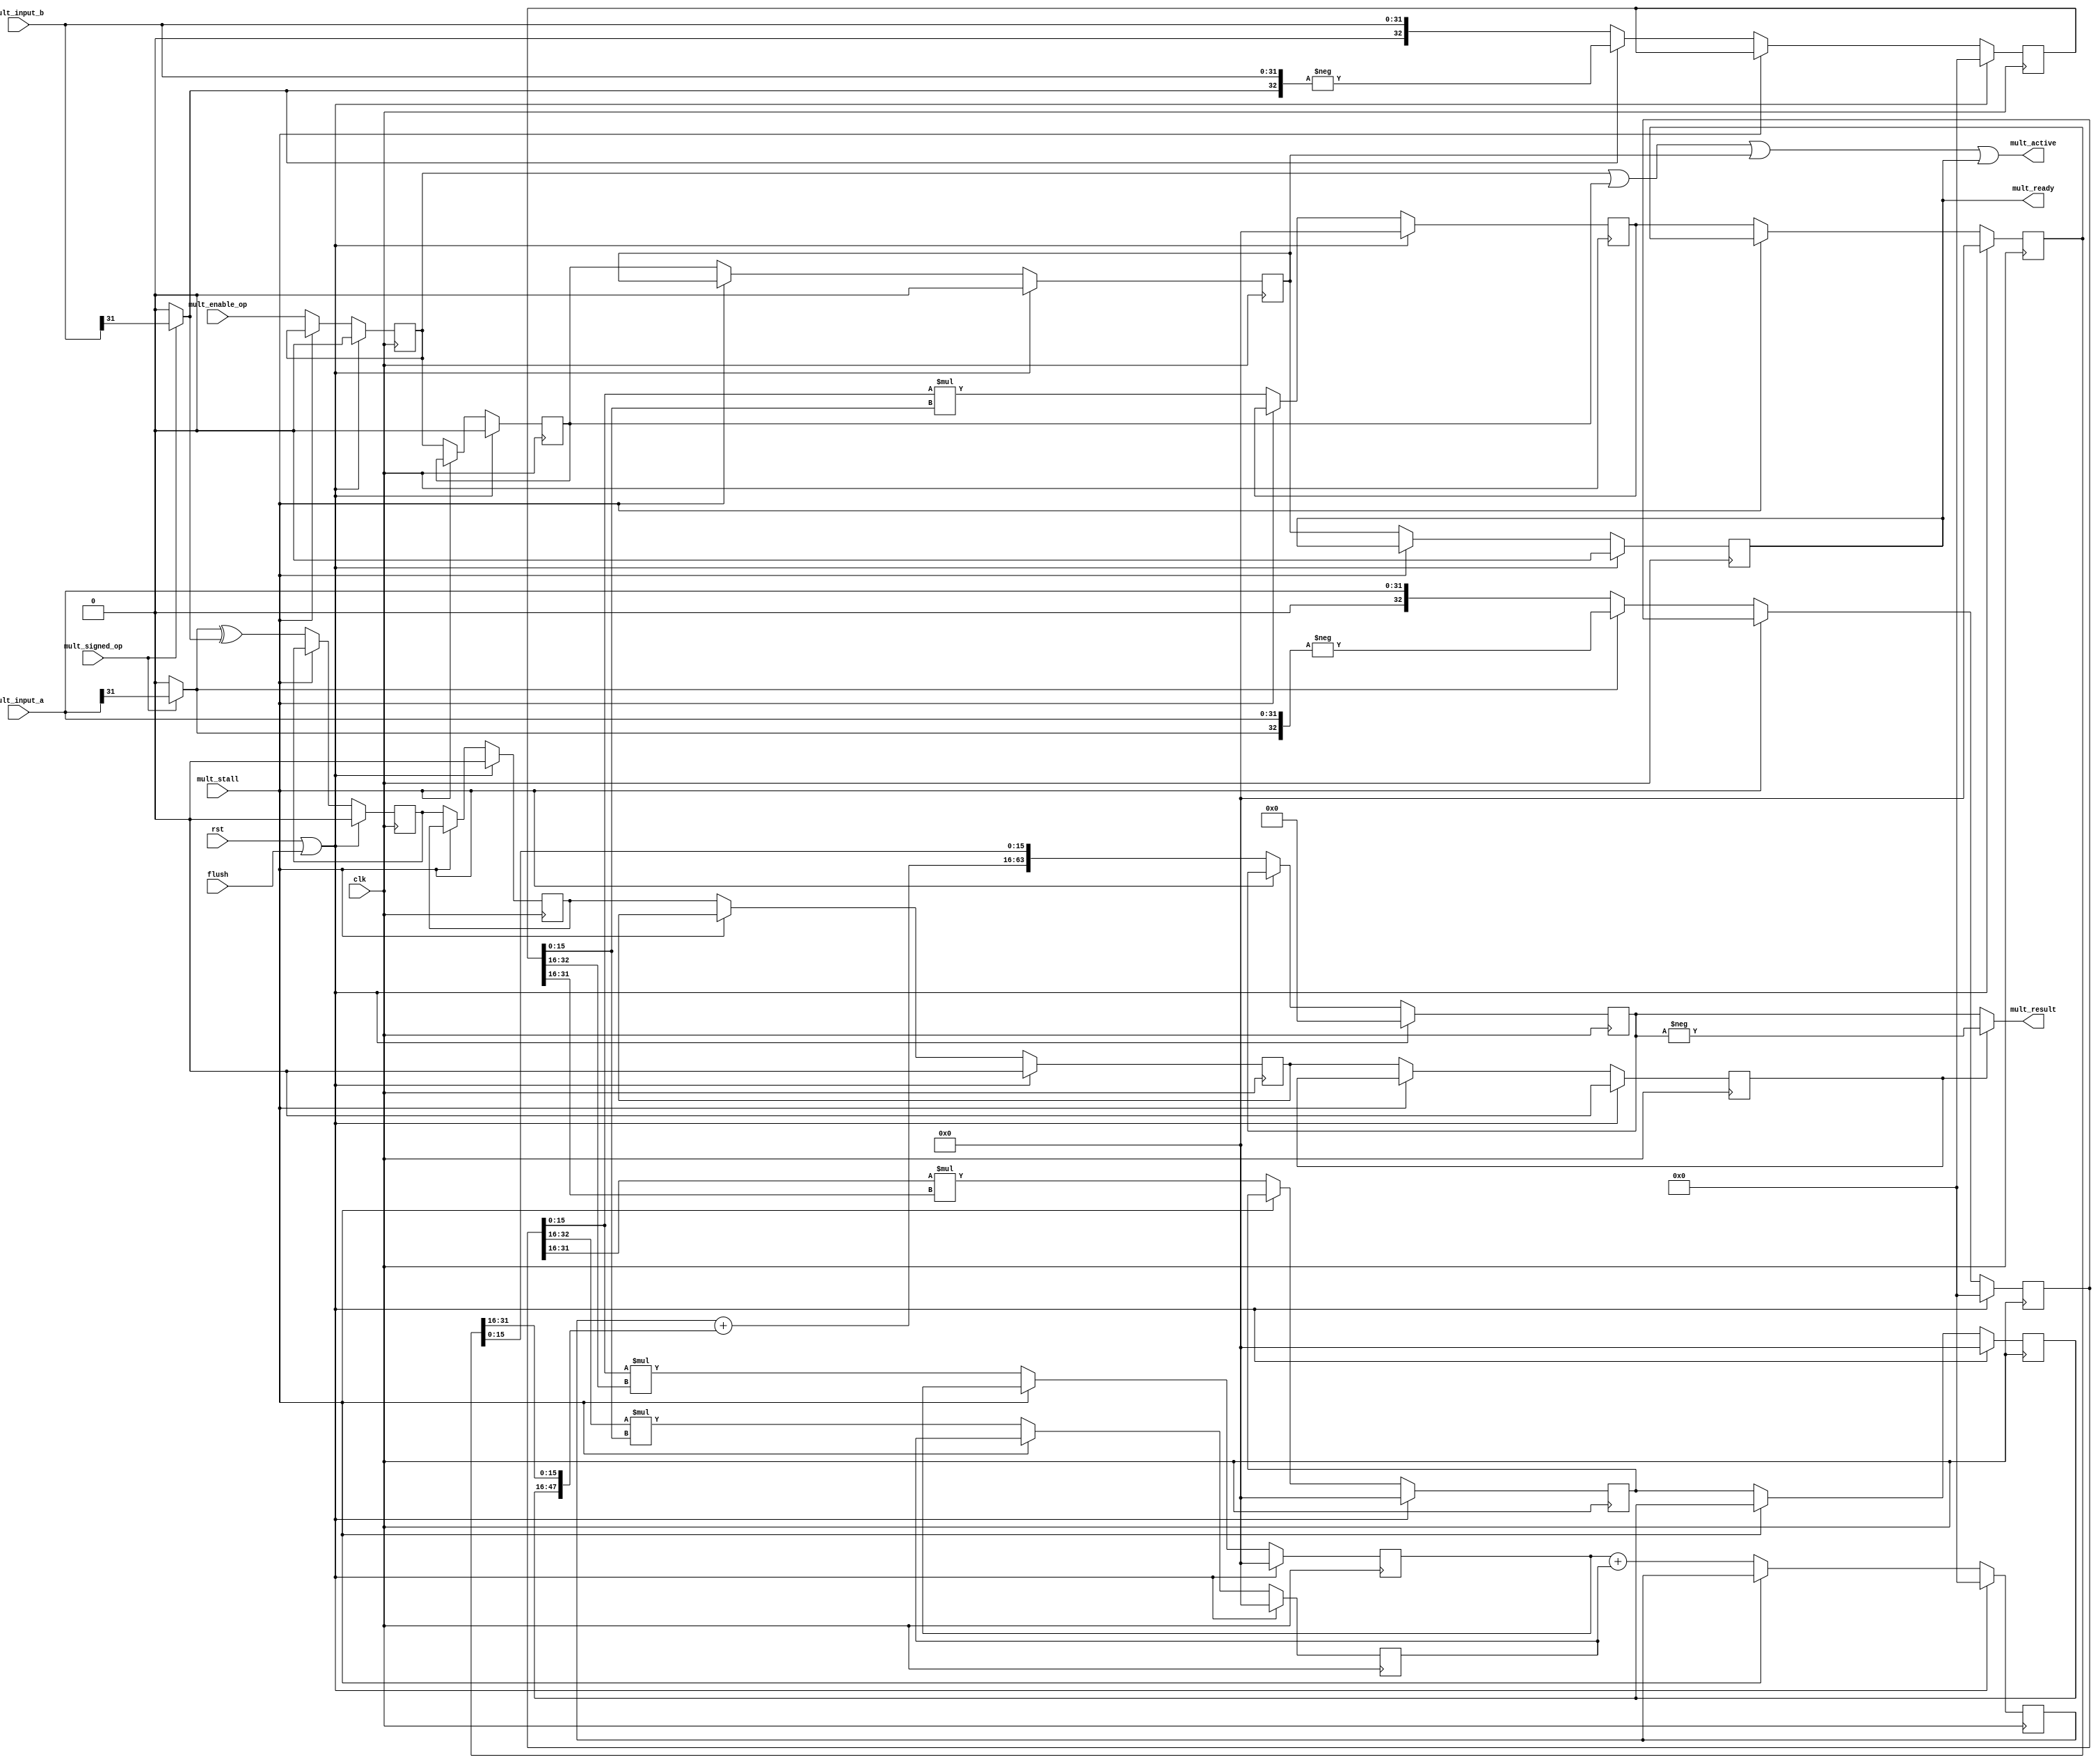
module antares_multiplier(
                          input         clk,            // clock
                          input         rst,            // reset
                          input [31:0]  mult_input_a,   // Data
                          input [31:0]  mult_input_b,   // Data
                          input         mult_signed_op, // Unsigned (0) or signed operation (1)
                          input         mult_enable_op, // Signal a valid operation
                          input         mult_stall,     // Freeze the pipeline
                          input         flush,          // Flush the pipeline
                          output [63:0] mult_result,    // Result
                          output        mult_active,    // Active operations @ pipeline
                          output        mult_ready      // Valid data on output port (result)
                          );

    //--------------------------------------------------------------------------
    // Signal Declaration: reg
    //--------------------------------------------------------------------------
    reg [32:0]    A;
    reg [32:0]    B;
    reg [31:0]    result_ll_0;
    reg [31:0]    result_lh_0;
    reg [31:0]    result_hl_0;
    reg [31:0]    result_hh_0; // keep only 32 bits (ISE Warning)
    reg [31:0]    result_ll_1;
    reg [31:0]    result_hh_1; // keep only 32 bits (ISE Warning)
    reg [32:0]    result_mid_1;
    reg [63:0]    result_mult;

    reg           active0;     // Pipeline the enable signal, so HDU can know if a valid operation is in the pipeline
    reg           active1;
    reg           active2;
    reg           active3;
    reg           sign_result0;
    reg           sign_result1;
    reg           sign_result2;
    reg           sign_result3;

    ///-------------------------------------------------------------------------
    // Signal Declaration: wire
    //--------------------------------------------------------------------------
    wire          sign_a;
    wire          sign_b;
    wire [47:0]   partial_sum;
    wire [32:0]   a_sign_ext;
    wire [32:0]   b_sign_ext;

    //--------------------------------------------------------------------------
    // assignments
    //--------------------------------------------------------------------------
    assign sign_a      = (mult_signed_op) ? mult_input_a[31] : 1'b0;
    assign sign_b      = (mult_signed_op) ? mult_input_b[31] : 1'b0;
    assign a_sign_ext  = {sign_a, mult_input_a};
    assign b_sign_ext  = {sign_b, mult_input_b};
    assign partial_sum = {15'b0, result_mid_1} + {result_hh_1[31:0], result_ll_1[31:16]};
    assign mult_result = (sign_result3) ? -result_mult : result_mult;                         // Set true sign.
    assign mult_ready  = active3;
    assign mult_active = active0 | active1 | active2 | active3;                             // 4th stage holds the result

    //--------------------------------------------------------------------------
    // Implement the pipeline
    //--------------------------------------------------------------------------
    always @(posedge clk) begin
        if (rst | flush) begin
            /*AUTORESET*/
            // Beginning of autoreset for uninitialized flops
            A <= 33'h0;
            B <= 33'h0;
            active0 <= 1'h0;
            active1 <= 1'h0;
            active2 <= 1'h0;
            active3 <= 1'h0;
            result_hh_0 <= 32'h0;
            result_hh_1 <= 32'h0;
            result_hl_0 <= 32'h0;
            result_lh_0 <= 32'h0;
            result_ll_0 <= 32'h0;
            result_ll_1 <= 32'h0;
            result_mid_1 <= 33'h0;
            result_mult <= 64'h0;
            sign_result0 <= 1'h0;
            sign_result1 <= 1'h0;
            sign_result2 <= 1'h0;
            sign_result3 <= 1'h0;
            // End of automatics
        end
        else if(~mult_stall) begin
            // --- first stage
            // Change sign. Perform unsigned multiplication. Save the result sign.
            A            <= sign_a ? -a_sign_ext : a_sign_ext;
            B            <= sign_b ? -b_sign_ext : b_sign_ext;
            sign_result0 <= sign_a ^ sign_b;
            active0      <= mult_enable_op;
            // --- second stage
            result_ll_0  <= A[15:0]  *  B[15:0];       // 16 x 16
            result_lh_0  <= A[15:0]  *  B[32:16];      // 16 x 17
            result_hl_0  <= A[32:16] *  B[15:0];       // 17 x 16
            result_hh_0  <= A[31:16] *  B[31:16];      // 16 x 16
            sign_result1 <= sign_result0;
            active1      <= active0;
            // --- third stage
            result_ll_1  <= result_ll_0;
            result_hh_1  <= result_hh_0;
            result_mid_1 <= result_lh_0 + result_hl_0;      // sum mid
            sign_result2 <= sign_result1;
            active2      <= active1;
            // -- fourth stage
            result_mult  <= {partial_sum, result_ll_1[15:0]};
            sign_result3 <= sign_result2;
            active3      <= active2;
        end
    end

endmodule